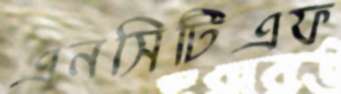
এনসিটিএফ